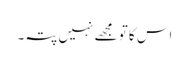
اس کا تو مجھے نہیں پتہ۔